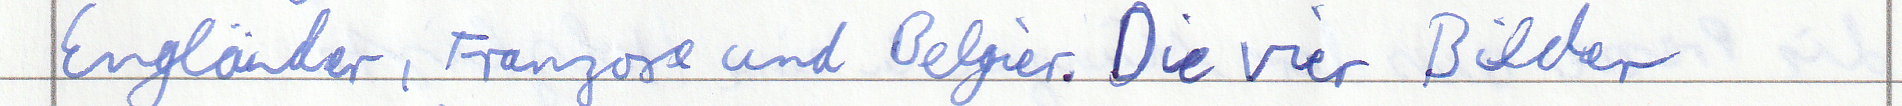
Engländer, Franzose und Belgier. Die vier Bilder